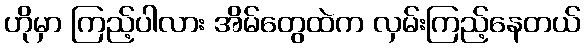
ဟိုမှာ ကြည့်ပါလား အိမ်တွေထဲက လှမ်းကြည့်နေတယ်